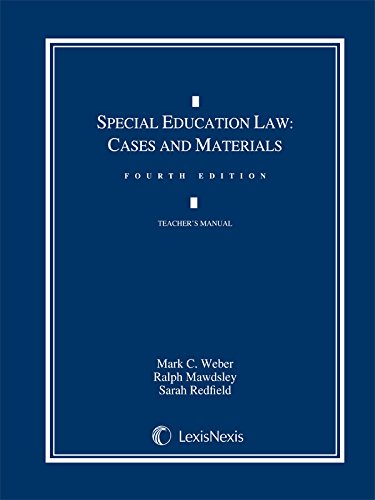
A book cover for Special Education Law: Cases and Materials; Mark C. Weber; Law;